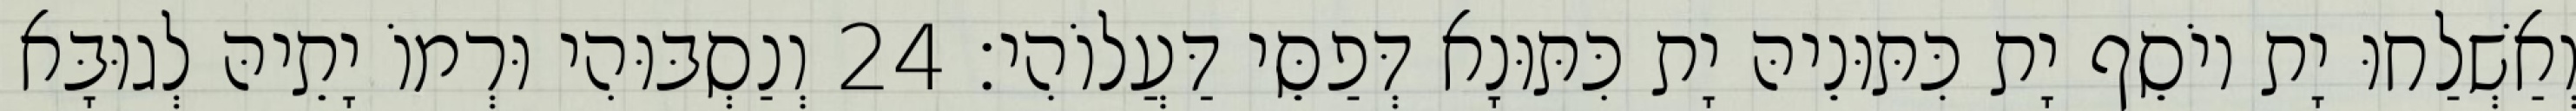
וְאַשְׁלַחוּ יָת יוֹסֵף יָת כִּתּוּנֵיהּ יָת כִּתּוּנָא דְּפַסֵּי דַּעֲלוֹהִי׃ 24 וְנַסְבּוּהִי וּרְמוֹ יָתֵיהּ לְגוּבָּא